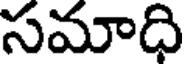
సమాధి